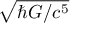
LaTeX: \sqrt { \hbar G / c ^ { 5 } }